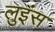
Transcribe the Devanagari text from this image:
लुइंस